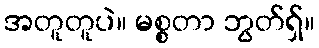
အတူတူပဲ။ မစ္စတာ ဘွတ်ရှ်။